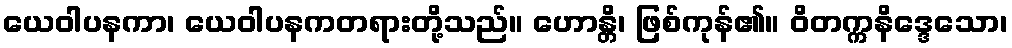
ယေဝါပနကာ၊ ယေဝါပနကတရားတို့သည်။ ဟောန္တိ၊ ဖြစ်ကုန်၏။ ဝိတက္ကနိဒ္ဒေသော၊